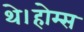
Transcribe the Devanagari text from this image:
थे।होम्स